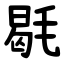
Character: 毼